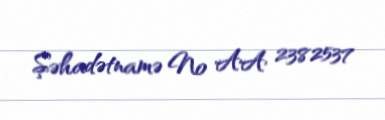
Şəhadətnamə № AA 2382537